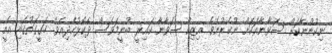
ނިކުންނާކަށް ސަވާނާއަކަށް ނުކެރުނެވެ. އިޒިކް ސަވާނާ ކައިރީ ބުނީމަވެސް ދެކޮޅުހެދިއެވެ. ހަގީގަތުގައި އެއީ